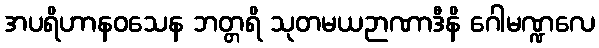
အပရိဟာနဝသေန ဘတ္တရိ သုတမယဉာဏာဒီနိ ဂေါမဏ္ဍလေ